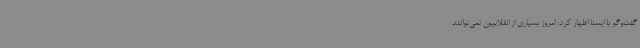
گفت‌وگو با ایسنا اظهار کرد: امروز بسیاری از انقلابیون نمی‌توانند